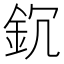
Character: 䤟